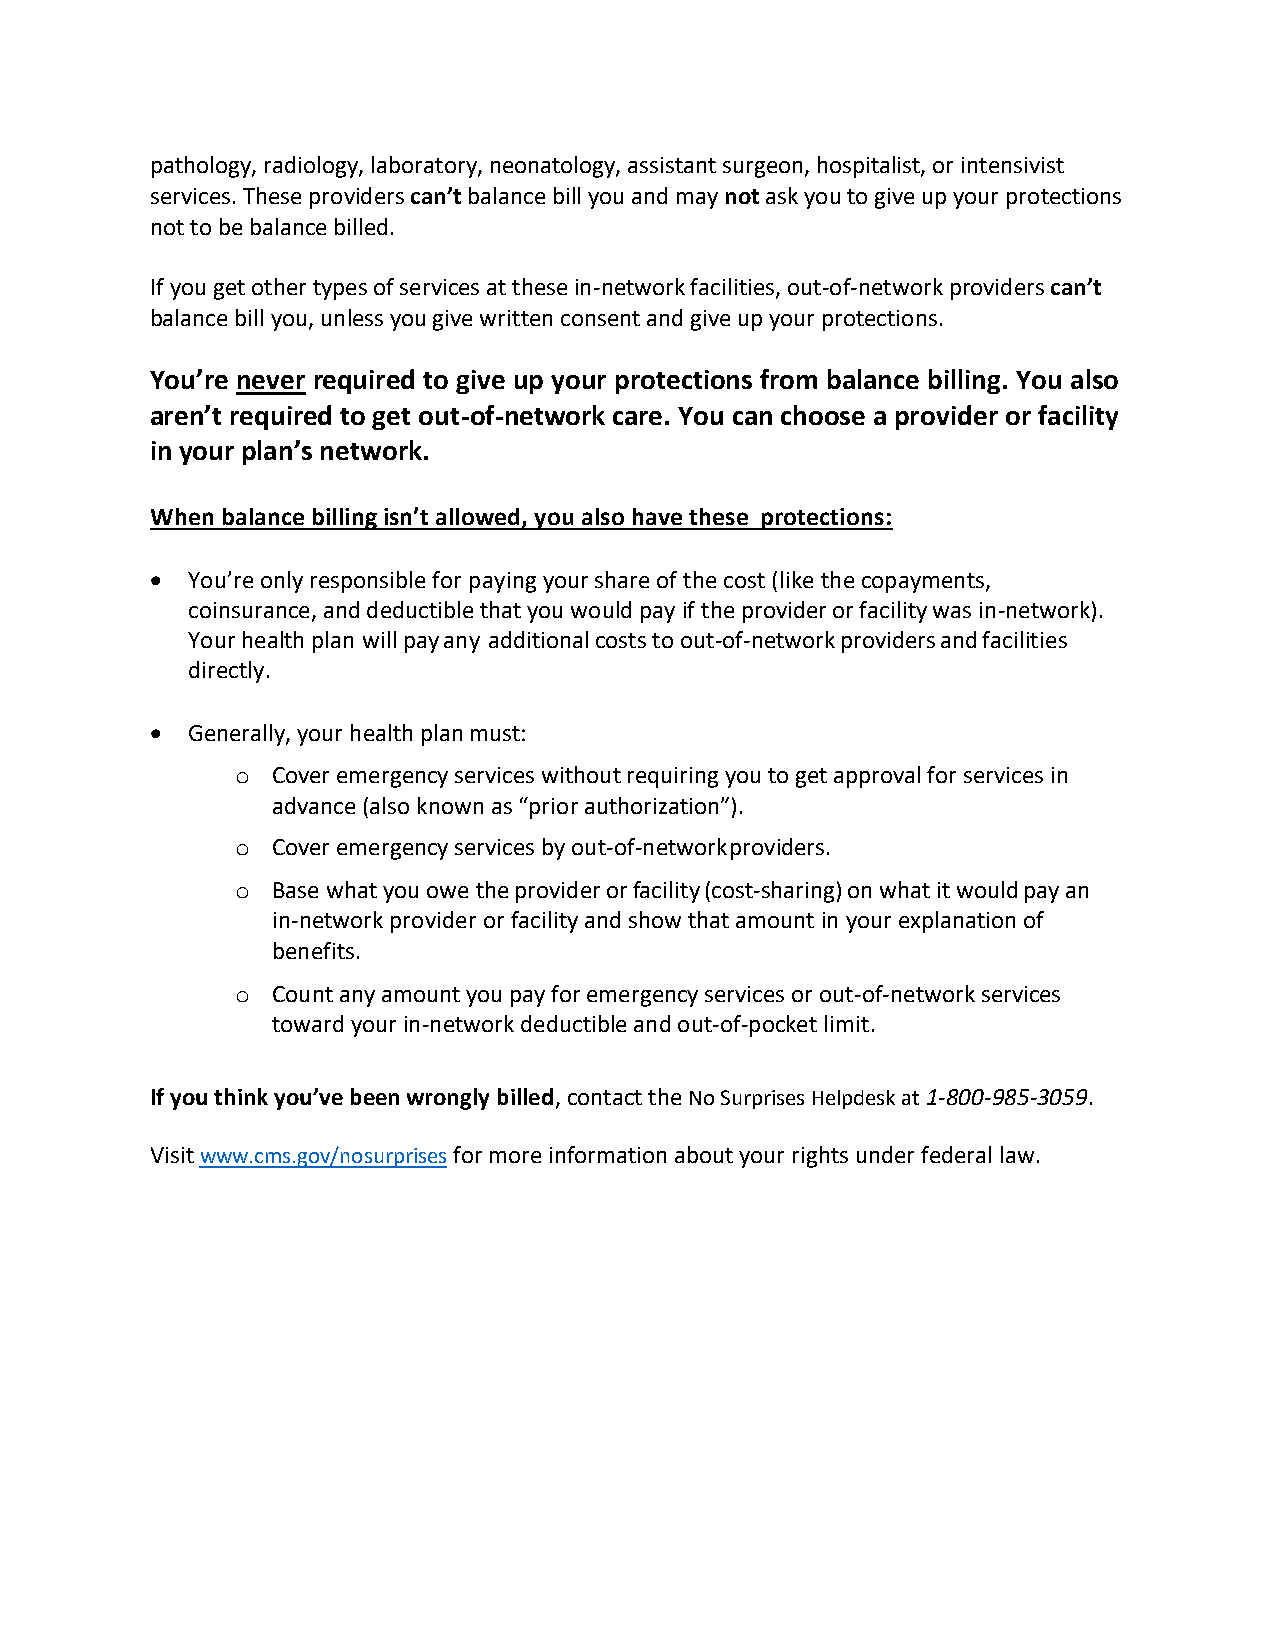
pathology, radiology, laboratory, neonatology, assistant surgeon, hospitalist, or intensivist
 services. These providers can’t balance bill you and may not ask you to give up your protections
 not to be balance billed.
 If you get other types of services at these in-network facilities, out-of-network providers can’t
 balance bill you, unless you give written consent and give up your protections.
 You’re never required to give up your protections from balance billing. You also
 aren’t required to get out-of-network care. You can choose a provider or facility
 in your plan’s network.
 When balance billing isn’t allowed, you also have these protections:
 • You’re only responsible for paying your share of the cost (like the copayments,
 coinsurance, and deductible that you would pay if the provider or facility was in-network).
 Your health plan will pay any additional costs to out-of-network providers and facilities
 directly.
 • Generally, your health plan must:
 o Cover emergency services without requiring you to get approval for services in
 advance (also known as “prior authorization”).
 o Cover emergency services by out-of-network providers.
 o Base what you owe the provider or facility (cost-sharing) on what it would pay an
 in-network provider or facility and show that amount in your explanation of
 benefits.
 o Count any amount you pay for emergency services or out-of-network services
 toward your in-network deductible and out-of-pocket limit.
 If you think you’ve been wrongly billed, contact the No Surprises Helpdesk at 1-800-985-3059.
 Visit www.cms.gov/nosurprises for more information about your rights under federal law.